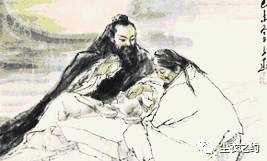
闻道皇华使，方随皂盖臣。